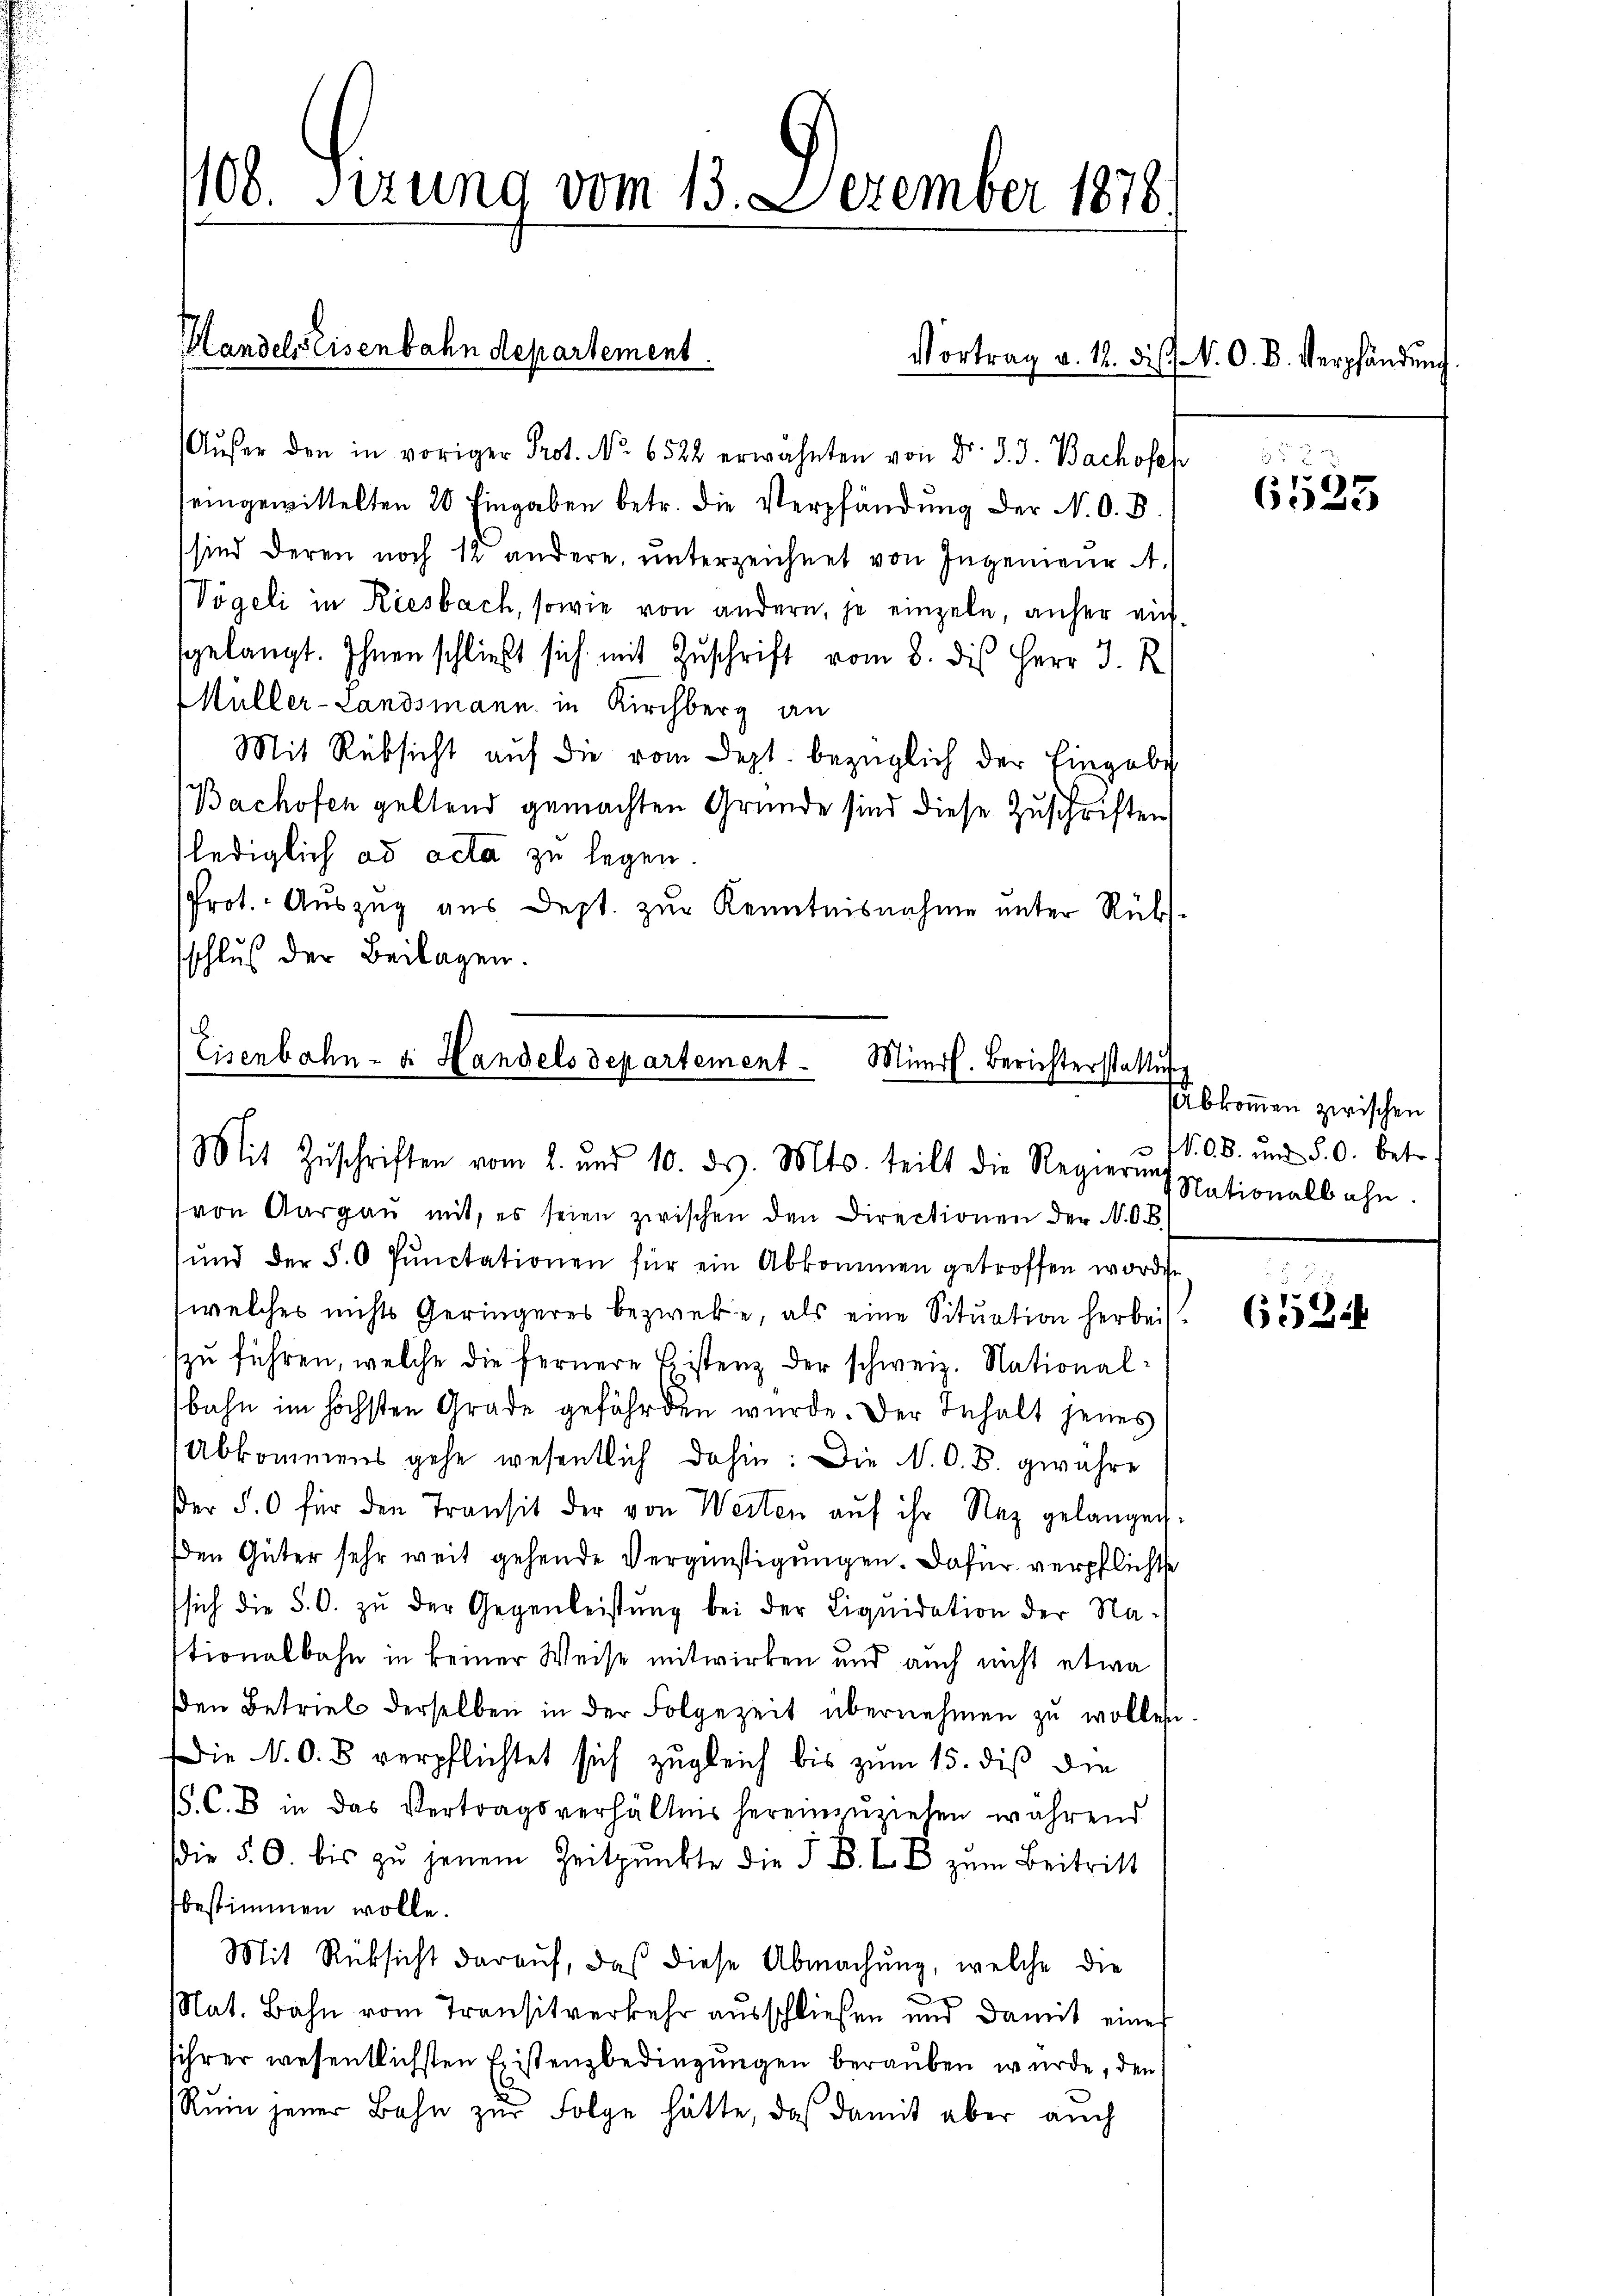
Aŭfer den in voriger Prot. No. 6522 erwähnten von Dr. d. J. Bachofeh
seingewittelten 20 Eingaben betr. die Verpfändung der N. O. B.
sind deren noch 12 andere, unterzeichnet von Ingenieur A
Vögeli in Riesbach, sowie von andern, je einzeln, anher aufsgelangt. Ihnen schließt sich mit Zuschrift vom 8. dis Herr J. R
Müller-Landsmann in Kirchberg an
Mit Rüksicht aŭf die vom Sept. bezüglich der Eingabe
Bachofen geltend gemachten Gründe sind diese Zuschriften
lediglich ad acta zu legen
Prot. Auszug aus Dept. zur Kenntnisnahme unter Rükssschluß der Beilagen.

108. Sizung vom 13. Dezember 1878

Handels Eisenbahndepartement.

Vortrag v. 12. d. s. N. O. B. Verpfändung

b.
Eisenbahn- u. Handelsdepartement. Minerl. Berichterstattŭn
Mit Zŭschriften vom 2. und 10. ds. Mts. teilt die Regierung Nationalbahn.

von Aargau mit, es seien zwischen den Directionen der N.O.B.
ŭnd der §. O Pŭnctationen für ein Abkommen getroffen worden.
welches nichts Geringeres bezweke, als eine Situation herbei
zŭ führen, welche die fernere Listenz der schweiz. National-
bahn im höchsten Grade gefährden wurde. Der Inhalt jenes
Abkommens gehe wesentlich dahin: Die N. O. B. gewähre
er 50 für den Transit der von Werten aŭf ihr Naz gelangen.
Den Güter sehr weit gehende Vergünstigungen. Dafür verpflichte
sich die S. O. zu der Gegenleistung bei der Liquidation der Nastionalbahn in keiner Weise mitwirken und auch nicht etwa
den Betrieb derselben in der Folgezeit übernehmen zŭ wollen
Die N. O. B. verpflichtet sich zugleich bis zum 15. die die
/. C. B. in das Vertragsverhältnis hereinzŭziehen während
die §. 6. bis zŭ jenem Zeitpunkte die F. B. L. B zŭm Beitritt
bestimmen wolle.
Mit Rücksicht darauf, daß diese Abmachung, welche die
.
Nat. Bahn vom Transitverkehr aŭsschließen und damit eine
sihrer wesentlichsten Existenzbedingungen berauben wurde, den
Ruin jener Bahn zur Folge hätte, daß damit aber auch

53
6525

bkommen zwischen
N. O. B. und S. O. betr.

6524